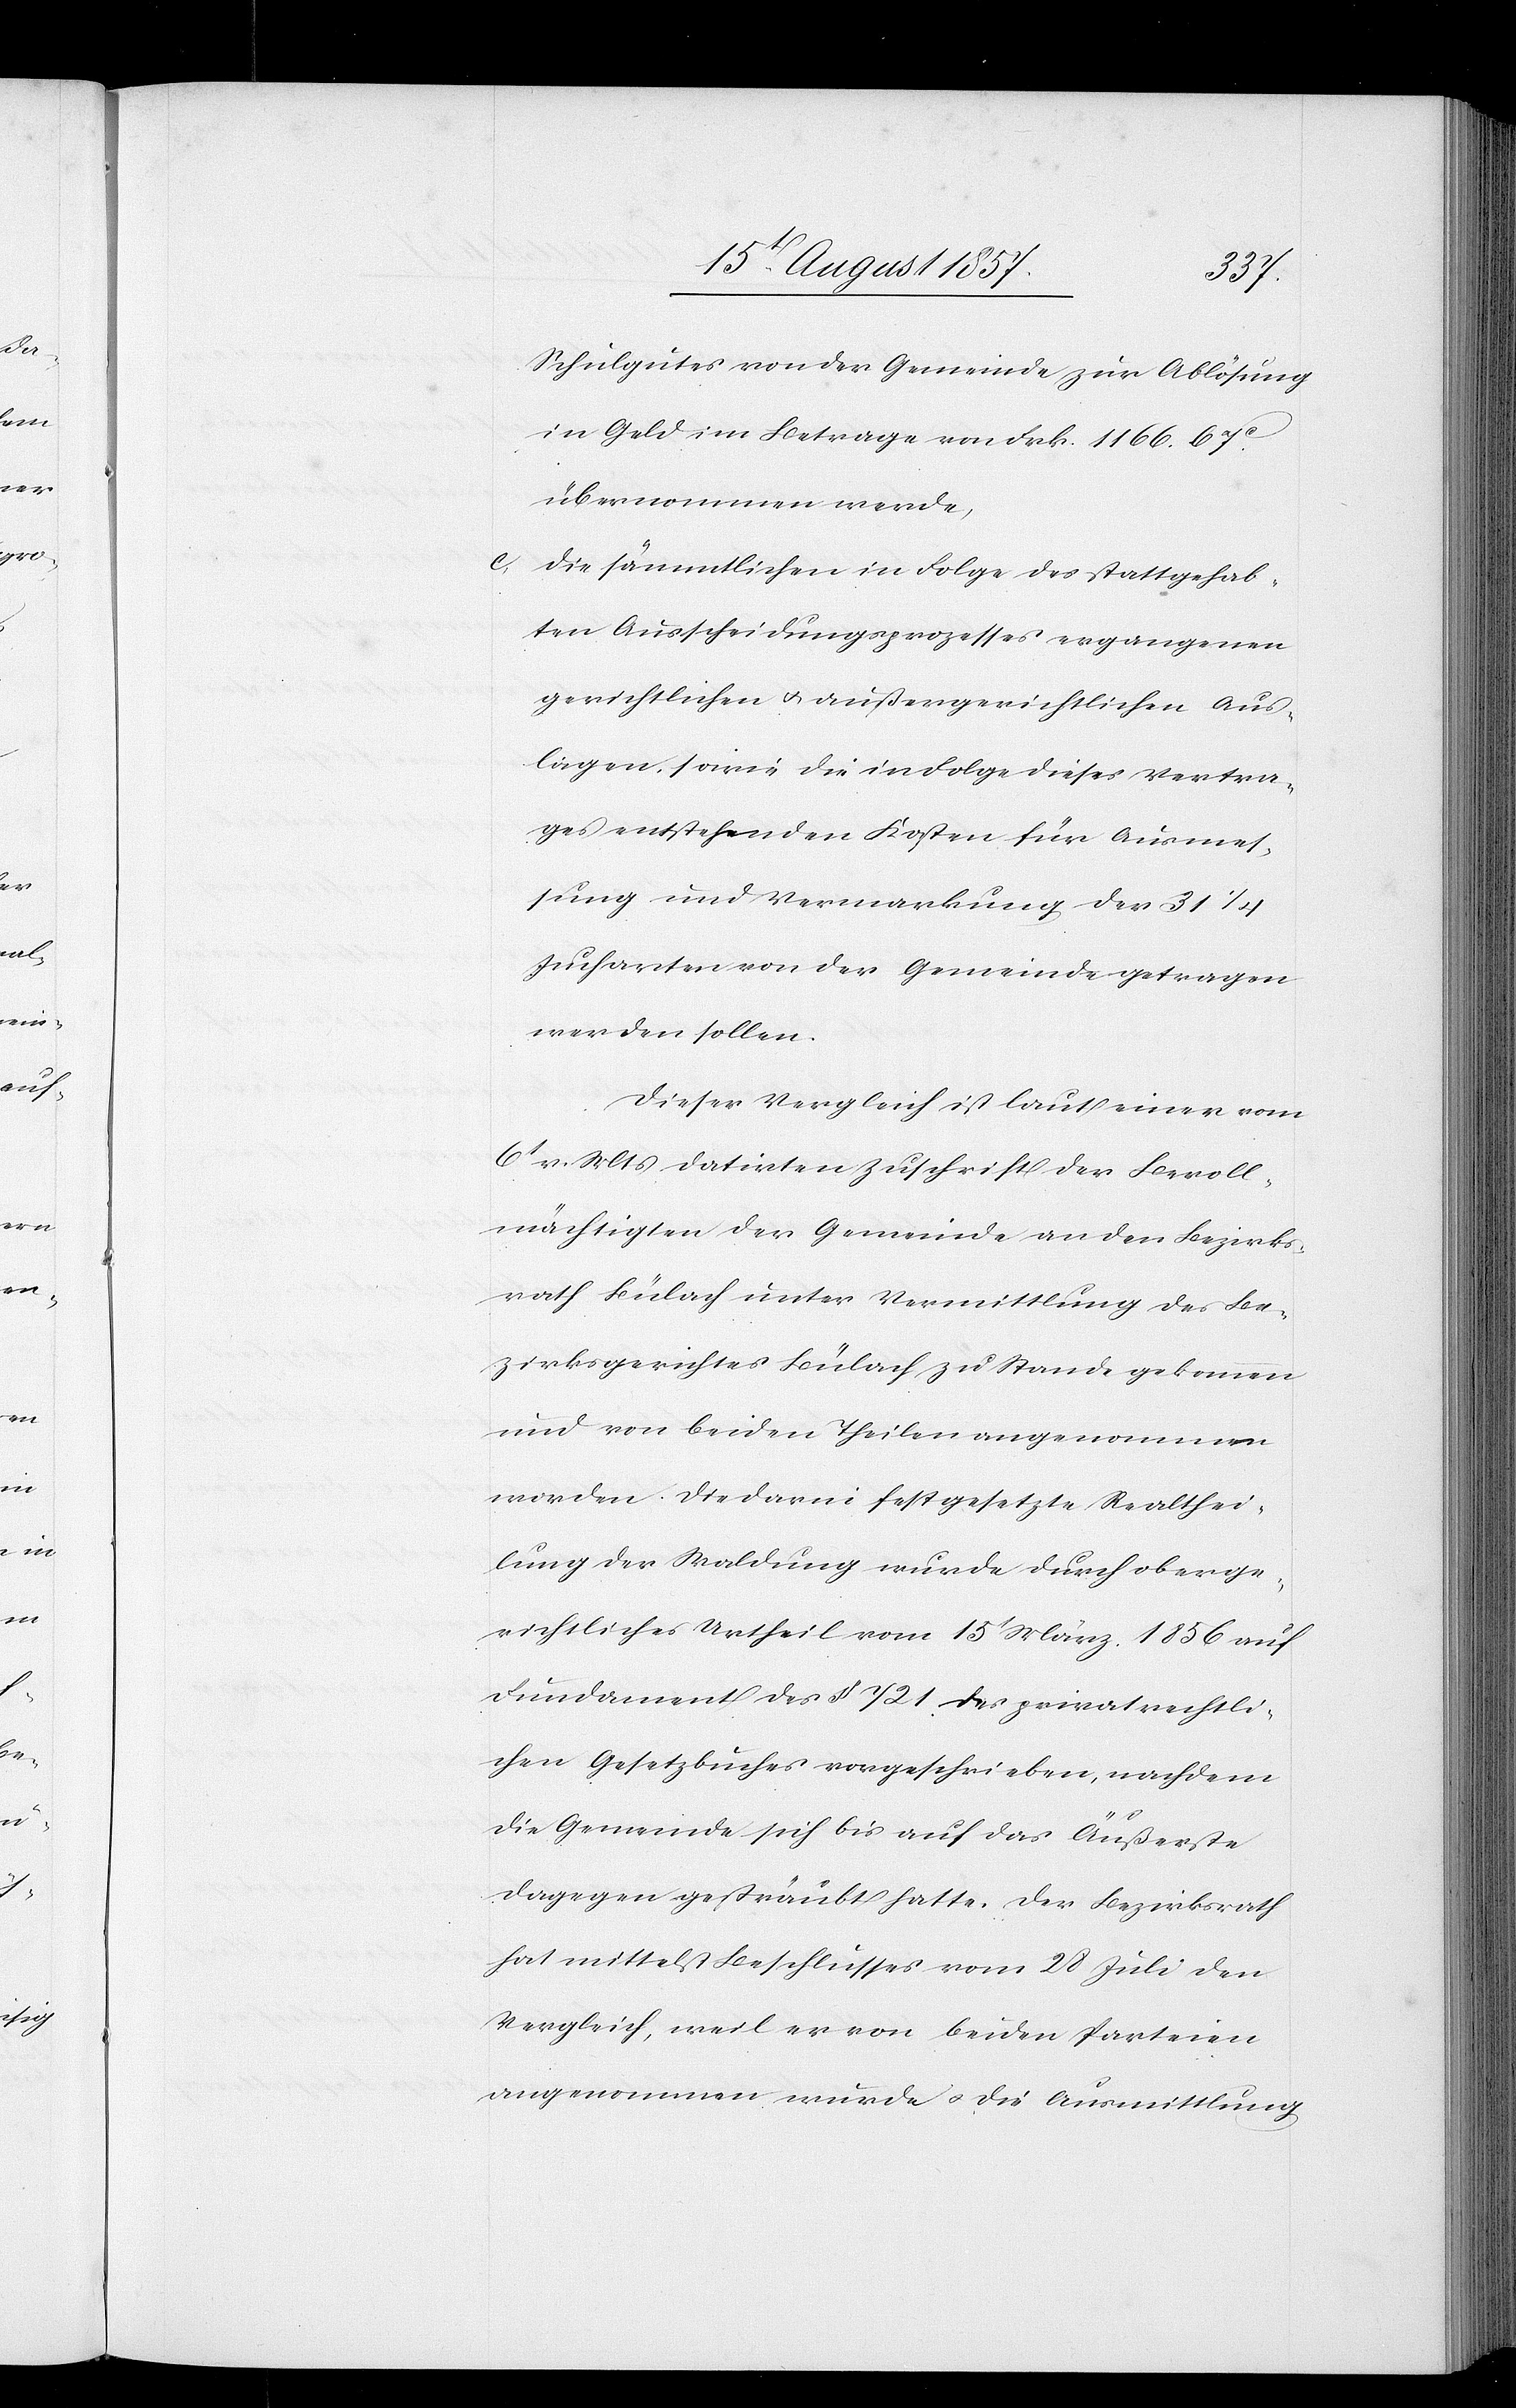
Schulgutes von der Gemeinde in Ablösung
in Geld im Betrage von Frk. 1166. 67c
übernommen werde,
die sämmtlichen in Folge des stattgehab¬
ten Ausscheidungsprozesses ergangenen
gerichtlichen & außergerichtlichen Aus¬
lagen, sowie die in Folge dieses Vertra¬
ges entstehenden Kosten für Ausmes¬
sung und Vermarkung der 31 1/4
werden sollen.
Dieser Vergleich ist laut einer vom
6t v. Mts. datirten Zuschrift der Bevoll¬
mächtigten der Gemeinde an den Bezirks¬
rath Bülach unter Vermittlung des Be¬
zirksgerichtes Bülach zu Stande gekommen
und von beiden Theilen angenommen
werden. Die darin festgesetzte Realthei¬
lung der Waldung wurde durch oberge¬
richtliches Urtheil vom 15t März 1856 auf
Fundament des § 721 des privatrechtli¬
chen Gesetzbuches vorgeschrieben, nachdem
die Gemeinde sich bis auf das Äußerste
dagegen gesträubt hatte. Der Bezirksrath
hat mittelst Beschlusses vom 28 Juli den
Vergleich, weil er von beiden Parteien
angenommen wurde & die Ausmittlung